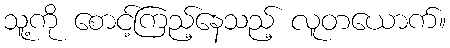
သူ့ကို စောင့်ကြည့်နေသည့် လူတယောက်။